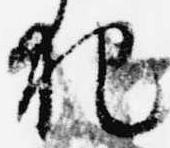
犯